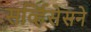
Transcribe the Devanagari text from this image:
सर्व्हिसेसने